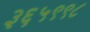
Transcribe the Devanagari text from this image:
३६५९९८